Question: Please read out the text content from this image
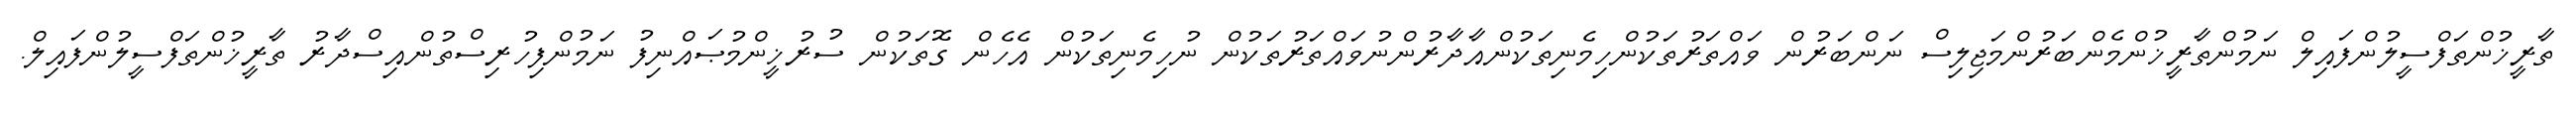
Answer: ތާރީޚުންތަފްސީލުންފައިލް ނަމުންތާރީޚުންމެންބަރުންމަޖިލިސް ނަންބަރުން ވައްތަރުތަކުންހިމެނިތަކުންއާދާރުންނުވައްތަރުތަކުން ނުހިމެނިތަކުން އެހެން ގޮތަކުން ސުރުޚީންމުޞައްނިފު ނަމުންފިހުރިސްތުންއިސްދާރު ތާރީޚުންތަފްސީލުންފައިލް.